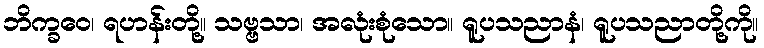
ဘိက္ခဝေ၊ ရဟန်းတို့။ သဗ္ဗသာ၊ အလုံးစုံသော။ ရူပသညာနံ၊ ရူပသညာတို့ကို။